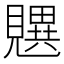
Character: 𬢄